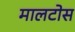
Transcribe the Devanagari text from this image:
मालटोस